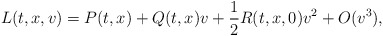
\begin{align*}L(t, x,v)=P(t, x) +Q(t, x) v +\frac{1}{2} R(t, x,0)v^{2} + O(v^3),\end{align*}